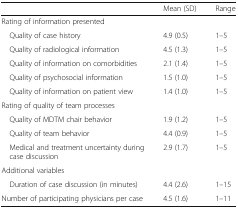
<table><thead><tr><td></td><td><b>Mean (SD)</b></td><td><b>Range</b></td></tr></thead><tbody><tr><td colspan="3">Rating of information presented</td></tr><tr><td> Quality of case history</td><td>4.9 (0.5)</td><td>1–5</td></tr><tr><td> Quality of radiological information</td><td>4.5 (1.3)</td><td>1–5</td></tr><tr><td> Quality of information on comorbidities</td><td>2.1 (1.4)</td><td>1–5</td></tr><tr><td> Quality of psychosocial information</td><td>1.5 (1.0)</td><td>1–5</td></tr><tr><td> Quality of information on patient view</td><td>1.4 (1.0)</td><td>1–5</td></tr><tr><td colspan="3">Rating of quality of team processes</td></tr><tr><td> Quality of MDTM chair behavior</td><td>1.9 (1.2)</td><td>1–5</td></tr><tr><td> Quality of team behavior</td><td>4.4 (0.9)</td><td>1–5</td></tr><tr><td> Medical and treatment uncertainty during case discussion</td><td>2.9 (1.7)</td><td>1–5</td></tr><tr><td colspan="3">Additional variables</td></tr><tr><td> Duration of case discussion (in minutes)</td><td>4.4 (2.6)</td><td>1–15</td></tr><tr><td>Number of participating physicians per case</td><td>4.5 (1.6)</td><td>1–11</td></tr></tbody></table>